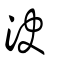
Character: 決